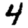
Digit: 4